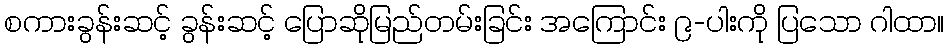
စကားခွန်းဆင့် ခွန်းဆင့် ပြောဆိုမြည်တမ်းခြင်း အကြောင်း ၉-ပါးကို ပြသော ဂါထာ။